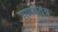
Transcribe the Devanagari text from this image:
गणकतंत्र